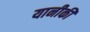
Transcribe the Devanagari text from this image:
यानीकी